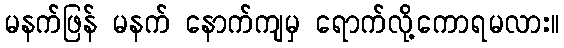
မနက်ဖြန် မနက် နောက်ကျမှ ရောက်လို့ကောရမလား။